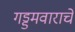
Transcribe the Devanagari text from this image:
गड्डमवाराचे